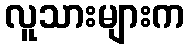
လူသားများက